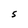
Character: S